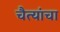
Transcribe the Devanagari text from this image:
चैत्यांचा